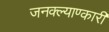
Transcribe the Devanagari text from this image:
जनक्ल्याण्कारी